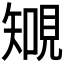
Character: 𧡐